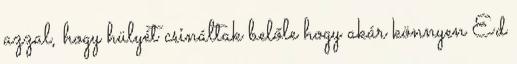
azzal, hogy hülyét csináltak belőle hogy akár könnyen Ed